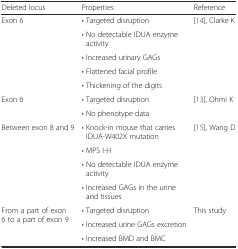
| Deleted locus | Properties | Reference |
 | --- | --- | --- |
 | <ROWSPAN=5> Exon 6 | • Targeted disruption | <ROWSPAN=5> [14], Clarke K |
 | • No detectable IDUA enzyme activity |
 | • Increased urinary GAGs |
 | • Flattened facial profile |
 | • Thickening of the digits |
 | <ROWSPAN=2> Exon 6 | • Targeted disruption | <ROWSPAN=2> [13], Ohmi K |
 | • No phenotype data |
 | <ROWSPAN=4> Between exon 8 and 9 | • Knock-in mouse that carries IDUA-W402X mutation | <ROWSPAN=4> [15], Wang D |
 | • MPS I-H |
 | • No detectable IDUA enzyme activity |
 | • Increased GAGs in the urine and tissues |
 | <ROWSPAN=3> From a part of exon 6 to a part of exon 9 | • Targeted disruption | <ROWSPAN=3> This study |
 | • Increased urine GAGs excretion |
 | • Increased BMD and BMC |